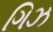
ગિઝ